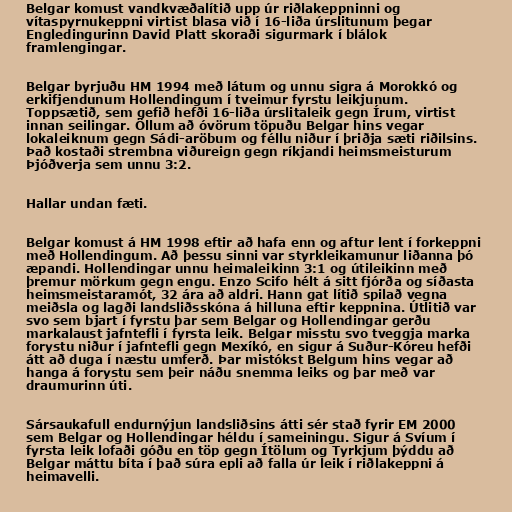
Belgar komust vandkvæðalítið upp úr riðlakeppninni og
vítaspyrnukeppni virtist blasa við í 16-liða úrslitunum þegar
Engledingurinn David Platt skoraði sigurmark í blálok
framlengingar.

Belgar byrjuðu HM 1994 með látum og unnu sigra á Morokkó og
erkifjendunum Hollendingum í tveimur fyrstu leikjunum.
Toppsætið, sem gefið hefði 16-liða úrslitaleik gegn Írum, virtist
innan seilingar. Öllum að óvörum töpuðu Belgar hins vegar
lokaleiknum gegn Sádi-aröbum og féllu niður í þriðja sæti riðilsins.
Það kostaði strembna viðureign gegn ríkjandi heimsmeisturum
Þjóðverja sem unnu 3:2.

Hallar undan fæti.

Belgar komust á HM 1998 eftir að hafa enn og aftur lent í forkeppni
með Hollendingum. Að þessu sinni var styrkleikamunur liðanna þó
æpandi. Hollendingar unnu heimaleikinn 3:1 og útileikinn með
þremur mörkum gegn engu. Enzo Scifo hélt á sitt fjórða og síðasta
heimsmeistaramót, 32 ára að aldri. Hann gat lítið spilað vegna
meiðsla og lagði landsliðsskóna á hilluna eftir keppnina. Útlitið var
svo sem bjart í fyrstu þar sem Belgar og Hollendingar gerðu
markalaust jafntefli í fyrsta leik. Belgar misstu svo tveggja marka
forystu niður í jafntefli gegn Mexíkó, en sigur á Suður-Kóreu hefði
átt að duga í næstu umferð. Þar mistókst Belgum hins vegar að
hanga á forystu sem þeir náðu snemma leiks og þar með var
draumurinn úti.

Sársaukafull endurnýjun landsliðsins átti sér stað fyrir EM 2000
sem Belgar og Hollendingar héldu í sameiningu. Sigur á Svíum í
fyrsta leik lofaði góðu en töp gegn Ítölum og Tyrkjum þýddu að
Belgar máttu bíta í það súra epli að falla úr leik í riðlakeppni á
heimavelli.